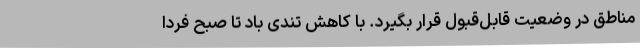
مناطق در وضعیت قابل‌قبول قرار بگیرد. با کاهش تندی باد تا صبح فردا